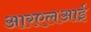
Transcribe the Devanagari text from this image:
आरएलआई